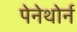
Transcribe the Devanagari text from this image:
पेनेथोर्न